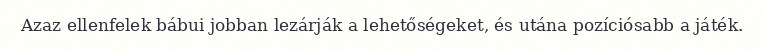
Azaz ellenfelek bábui jobban lezárják a lehetőségeket, és utána pozíciósabb a játék.